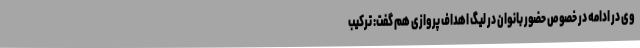
وی در ادامه در خصوص حضور بانوان در لیگ اهداف پروازی هم گفت: ترکیب